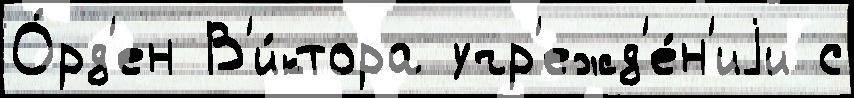
О́рд'ен В'и́ктора учр'ежд'е́н'иjи с